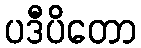
ပဒီပိတော